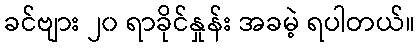
ခင်ဗျား ၂၀ ရာခိုင်နှုန်း အခမဲ့ ရပါတယ်။